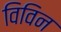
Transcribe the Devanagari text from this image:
विविन